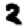
Digit: 2